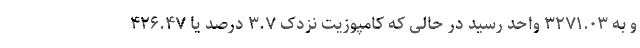
و به ۳۲۷۱.۰۳ واحد رسید در حالی که کامپوزیت نزدک ۳.۷ درصد یا ۴۲۶.۴۷